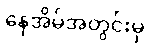
နေအိမ်အတွင်းမှ